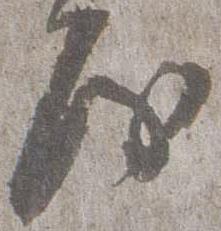
房